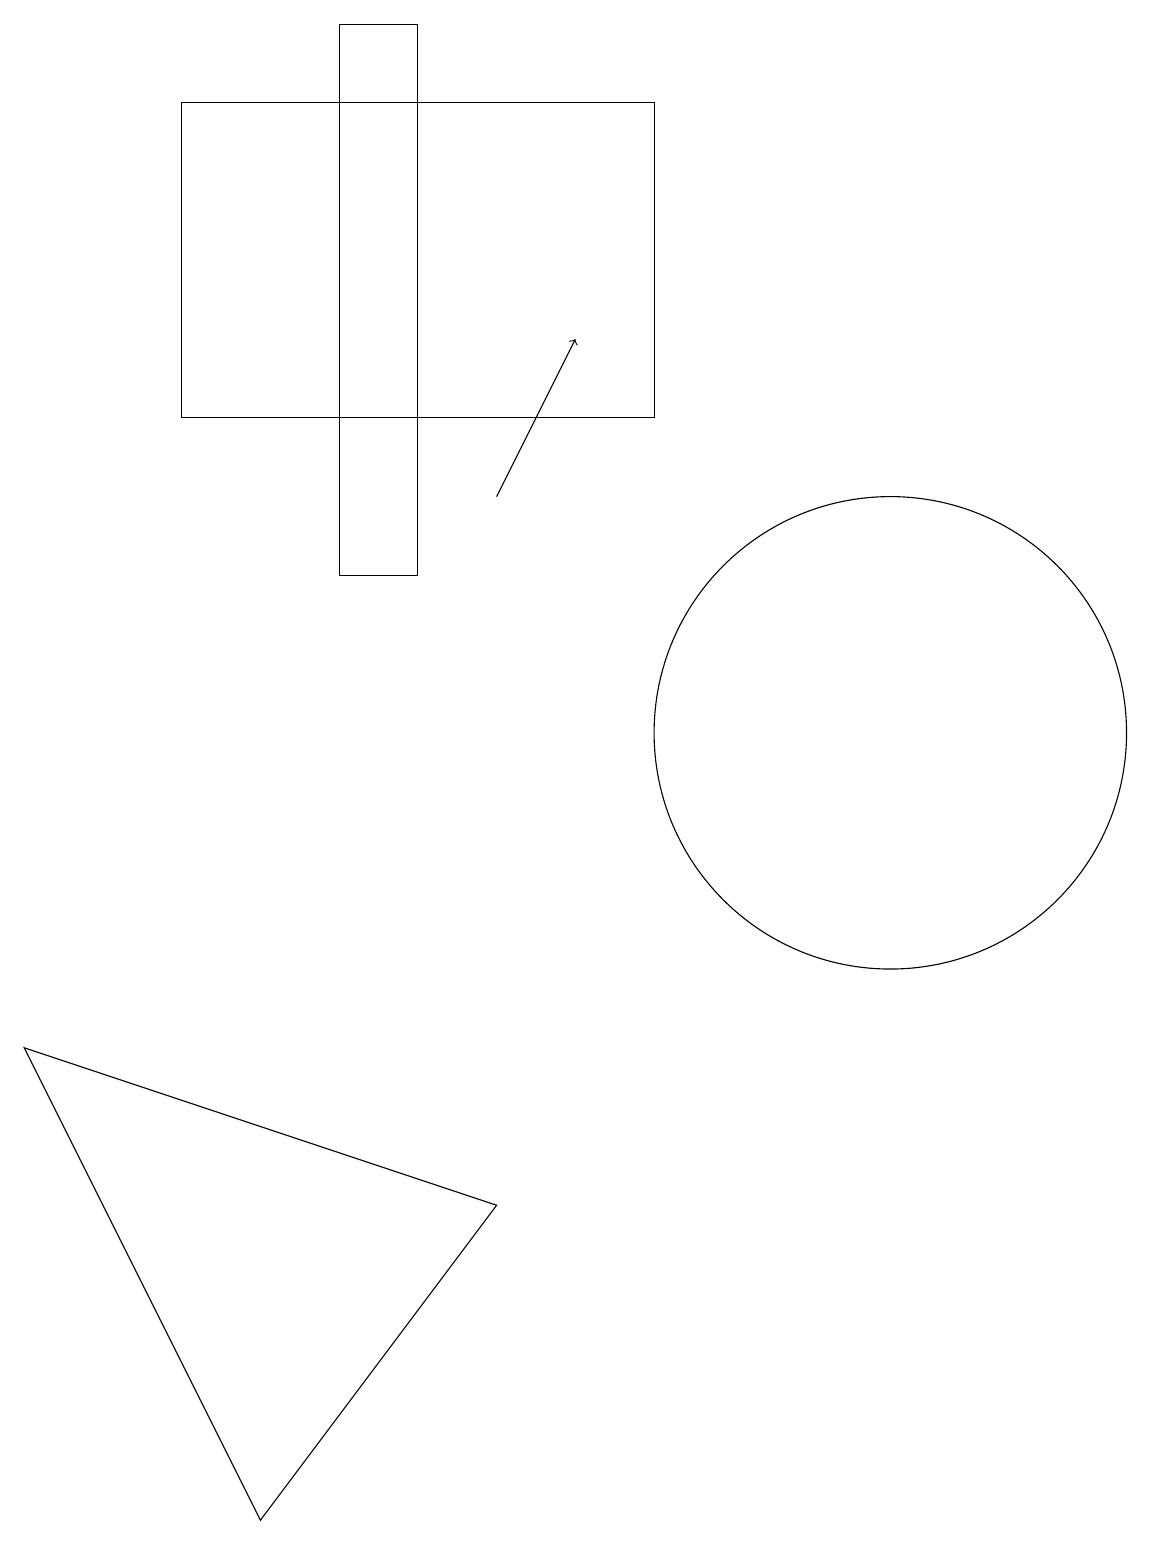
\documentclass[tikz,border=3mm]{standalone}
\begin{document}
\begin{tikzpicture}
\draw (11,10) circle (3);
\draw[->] (6,13) -- (7,15);
\draw (8,18) rectangle (2,14);
\draw (3,0) -- (6,4) -- (0,6) -- cycle;
\draw (5,19) rectangle (4,12);
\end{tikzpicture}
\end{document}